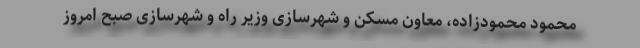
محمود محمودزاده، معاون مسکن و شهرسازی وزیر راه و شهرسازی صبح امروز